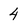
Character: 4